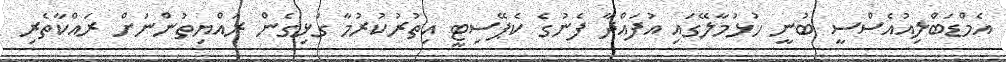
އެމްޑަބްލިއުއެސްސީ ބުނީ ހުޅުމާލޭގައި އުފައްދާ ފެނުގެ ކެޕޭސިޓީ އިތުރުކުރުމާ ގުޅިގެން ރައްޔިތުންނަށް ރައްކާތެރި